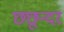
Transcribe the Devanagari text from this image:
छछून्दर